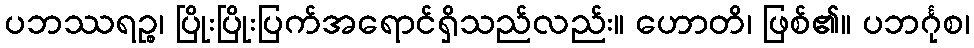
ပဘဿရဉ္စ၊ ပြိုးပြိုးပြက်အရောင်ရှိသည်လည်း။ ဟောတိ၊ ဖြစ်၏။ ပဘင်္ဂုစ၊